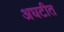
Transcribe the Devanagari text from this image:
अघटीत